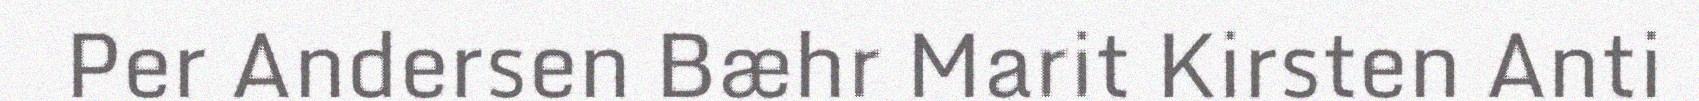
Per Andersen Bæhr Marit Kirsten Anti